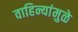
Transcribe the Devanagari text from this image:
वाहिन्यांमुळे